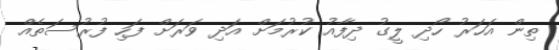
ތިން އަހަރު ހޯދި ލީގު ދިފާއު ކުރުމަށް އަދި ވަރަށް ފަހި ފުރުސަތެއް